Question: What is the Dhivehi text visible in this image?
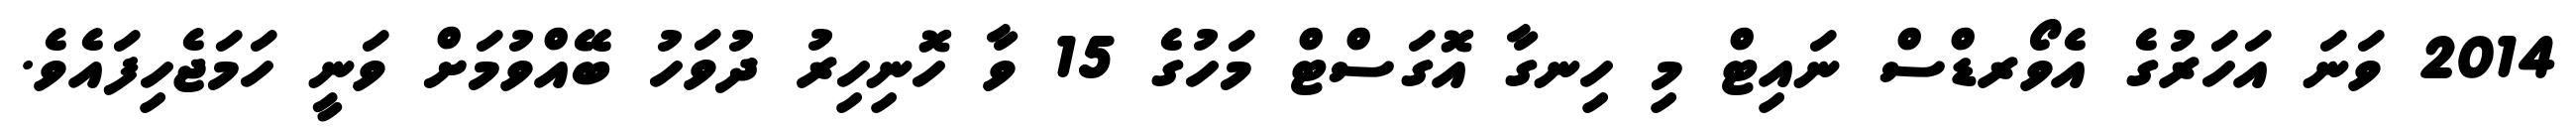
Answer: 2014 ވަނަ އަހަރުގެ އެވޯރޑްސް ނައިޓް މި ހިނގާ އޮގަސްޓް މަހުގެ 15 ވާ ހޮނިހިރު ދުވަހު ބޭއްވުމަށް ވަނީ ހަމަޖެހިފައެވެ.